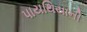
પાયથિયાની